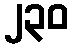
၂၃၀